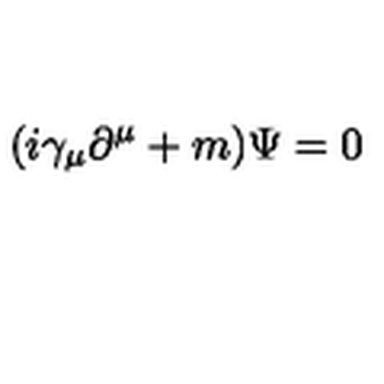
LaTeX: ( i \gamma _ { \mu } \partial ^ { \mu } + m ) \Psi = 0